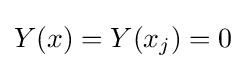
Y(x)=Y(x_{j})=0